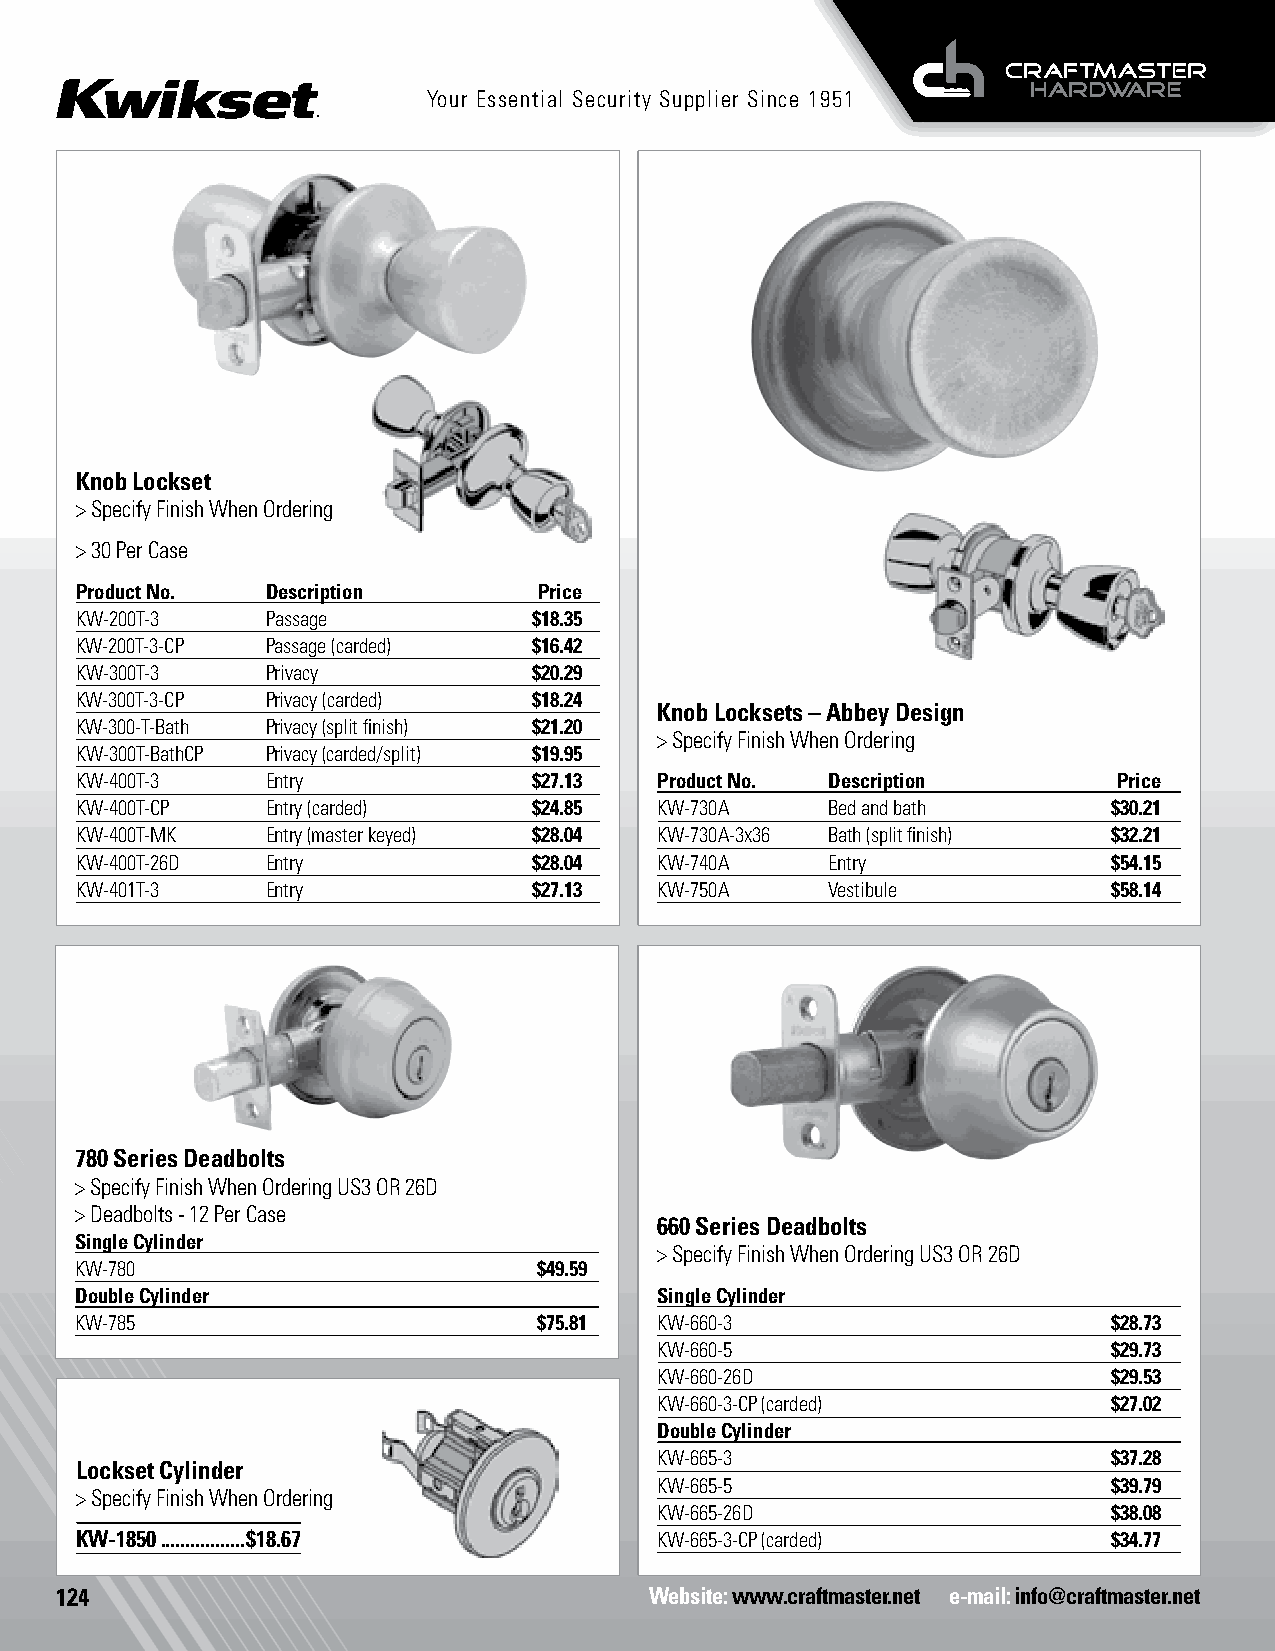
Your Essential Security Supplier Since 1951
 Knob Lockset
 > Specify Finish When Ordering
 > 30 Per Case
 Product No.  Description       Price
 KW-200T-3    Passage          $18.35
 KW-200T-3-CP Passage (carded) $16.42
 KW-300T-3    Privacy          $20.29
 KW-300T-3-CP Privacy (carded) $18.24
 Knob Locksets – Abbey Design
 KW-300-T-Bath Privacy (split finish) $21.20
 > Specify Finish When Ordering
 KW-300T-BathCP Privacy (carded/split) $19.95
 KW-400T-3    Entry            $27.13   Product No. Description       Price
 KW-400T-CP   Entry (carded)   $24.85   KW-730A    Bed and bath       $30.21
 KW-400T-MK   Entry (master keyed) $28.04 KW-730A-3x36 Bath (split finish) $32.21
 KW-400T-26D  Entry            $28.04   KW-740A    Entry              $54.15
 KW-401T-3    Entry            $27.13   KW-750A    Vestibule          $58.14
 780 Series Deadbolts
 > Specify Finish When Ordering US3 OR 26D
 > Deadbolts - 12 Per Case
 660 Series Deadbolts
 Single Cylinder
 > Specify Finish When Ordering US3 OR 26D
 KW-780                         $49.59
 Double Cylinder                        Single Cylinder
 KW-785                         $75.81  KW-660-3                      $28.73
 KW-660-5                      $29.73
 KW-660-26D                    $29.53
 KW-660-3-CP (carded)          $27.02
 Double Cylinder
 KW-665-3                      $37.28
 Lockset Cylinder
 KW-665-5                      $39.79
 > Specify Finish When Ordering
 KW-665-26D                    $38.08
 KW-1850 .................$18.67        KW-665-3-CP (carded)          $34.77
 124                                    Website: www.craftmaster.net e-mail: info@craftmaster.net